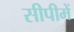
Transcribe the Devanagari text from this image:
सीपीमें